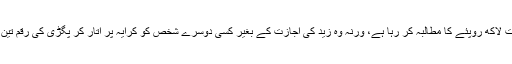
اب وہ دوکان خالی کرنے کیلئے سات لاکھ روپئے کا مطالبہ کر رہا ہے، ورنہ وہ زید کی اجازت کے بغیر کسی دوسرے شخص کو کرایہ پر اتار کر پگڑی کی رقم تین یا چار لاکھ حاصل کرنا چاہتا ہے ۔